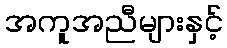
အကူအညီများနှင့်